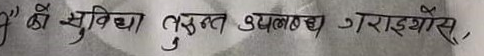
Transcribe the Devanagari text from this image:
’’‘‘‘‘‘‘कै सुविधा तुरुन्त उपलब्ध गराइयोस्,